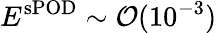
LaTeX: E^{\mathrm{sPOD}}\sim\mathcal{O}(10^{-3})